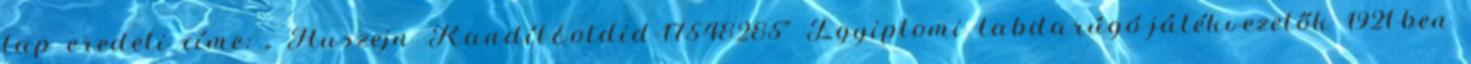
lap eredeti címe: „ Huszejn Kandíl&oldid=17548285” Egyiptomi labdarúgó-játékvezetők 1921-ben